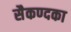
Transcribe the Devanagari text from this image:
सैकण्दका